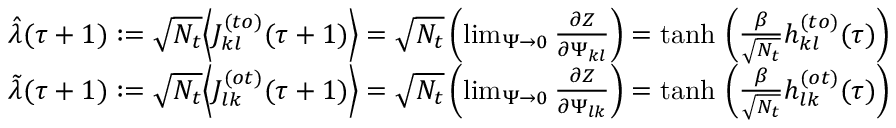
\begin{array} { r } { \hat { \lambda } ( \tau + 1 ) : = \sqrt { N _ { t } } \Big \langle J _ { k l } ^ { ( t o ) } ( \tau + 1 ) \Big \rangle = \sqrt { N _ { t } } \left( \operatorname* { l i m } _ { \Psi \rightarrow 0 } \frac { \partial Z } { \partial \Psi _ { k l } } \right) = \mathrm { t a n h } \, \left( \frac { \beta } { \sqrt { N _ { t } } } h _ { k l } ^ { ( t o ) } ( \tau ) \right) } \\ { \tilde { \lambda } ( \tau + 1 ) : = \sqrt { N _ { t } } \Big \langle J _ { l k } ^ { ( o t ) } ( \tau + 1 ) \Big \rangle = \sqrt { N _ { t } } \left( \operatorname* { l i m } _ { \Psi \rightarrow 0 } \frac { \partial Z } { \partial \Psi _ { l k } } \right) = \mathrm { t a n h } \, \left( \frac { \beta } { \sqrt { N _ { t } } } h _ { l k } ^ { ( o t ) } ( \tau ) \right) } \end{array}